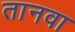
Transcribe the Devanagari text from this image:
तानवा